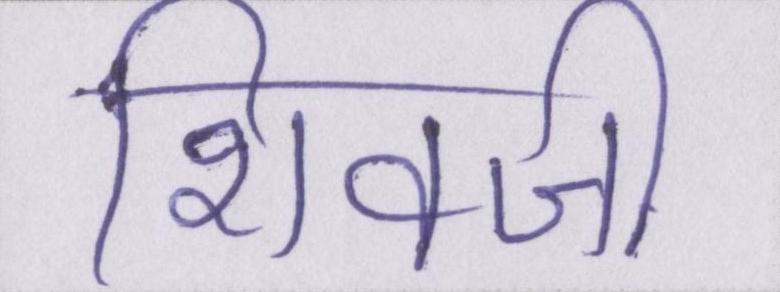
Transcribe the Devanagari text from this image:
शिवजी